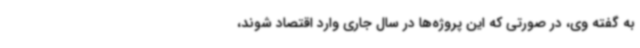
به گفته وی، در صورتی که این پروژه‌ها در سال جاری وارد اقتصاد شوند،